Lock hospitals Punjab
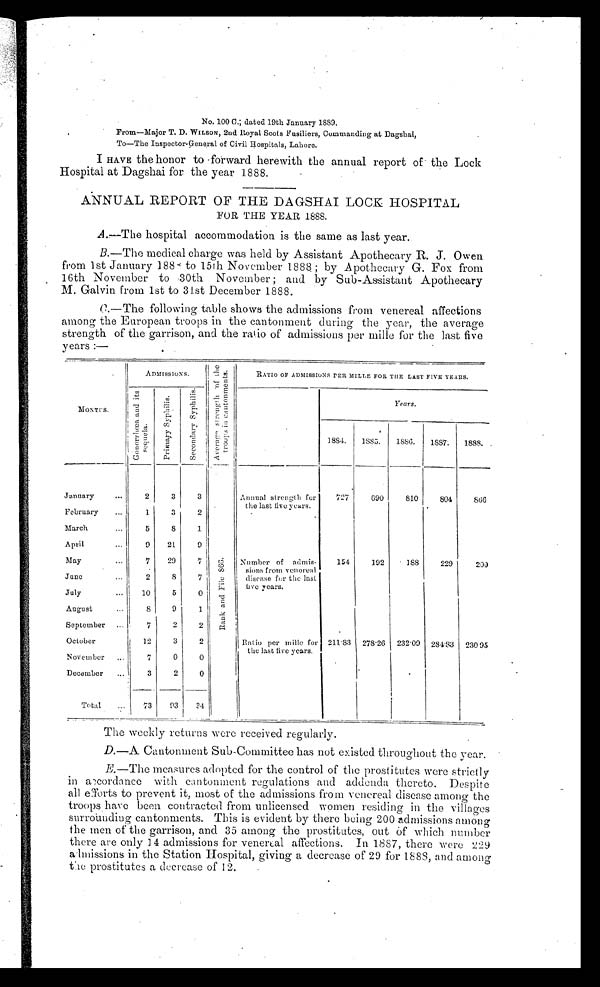
No. 100 C.; dated 19th January 1889.
From—Major T. D. WILSON, 2nd Royal Scots Fusiliers, Commanding at Dagshai,
To—The Inspector-General of Civil Hospitals, Lahore.
I HAVE the honor to forward herewith the annual report of the Lock
Hospital at Dagshai for the year 1888.
ANNUAL REPORT OF THE DAGSHAI LOCK HOSPITAL
FOR THE YEAR 1888.
A.—The hospital accommodation is the same as last year.
B.—The medical charge was held by Assistant Apothecary R. J. Owen
from 1st January 188 to 15th November 1888 ; by Apothecary G. Fox from
16th November to 30th November ; and by Sub-Assistant Apothecary
M. Galvin from 1st to 31st December 1888.
C.—The following table shows the admissions from venereal affections
among the European troops in the cantonment during the year, the average
strength of the garrison, and the ratio of admissions per mille for the last five
years :—
A D M I S S I O N S .
A v e r a g e s t r e n g t h o f t h e t r o o p s i n c a n t o n m e n t s .
RATIO OF ADMISSIONS PER MILLE FOR THE LAST FIVE YEARS.
M O N T H S . G o n o r r h o e a a n d i t s s e q u e l a .
P r i m a r y s y p h i l i s .
S e c o n d a r y s y p h i l i s .
Years.
1884.
1885.
1886.
1 8 8 7 .
1888.
January
...
2
3
3
R a n k a n d F i l e 8 6 6 .
Annual strength for
the last five years..
727
690
810
804
866
February
...
1
3
2
March
5
8
1
Number of admiss-
ions from vene real
disease for the last
five years.
154
192
188
229
200
April
...
9
21
9
May
. . .
7
29
7
June ...
2
8
7
July
...
10
5
0
Ratio per mille for
the last five years.
211.83
2 7 8 . 2 6
2 3 2 . 0 9
284.83 230.95
August...
8
9
1
September
7
2
2
October
12
3
2
November...
7
0
0
December ...
3
2
0
Total
. . .
73
93
3 4
The weekly returns were received regularly.
D.—A Cantonment Sub-Committee has not existed throughout the year.
E.—The measures adopted for the control of the prostitutes were strictly
in accordance with cantonment regulations and addenda thereto. Despite
all efforts to prevent it, most of the admissions from venereal disease among the
troops have been contracted from unlicensed women residing in the villages
surrounding cantonments. This is evident by there being 200 admissions among
the men of the garrison, and 35 among the prostitutes, out of which number
there are only 14 admissions for venereal affections. In 1887, there were 229
admissions in the Station Hospital, giving a decrease of' 29 for 1888, and among
the prostitutes a decrease of 12.